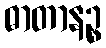
ဓာတာနဉ္စ